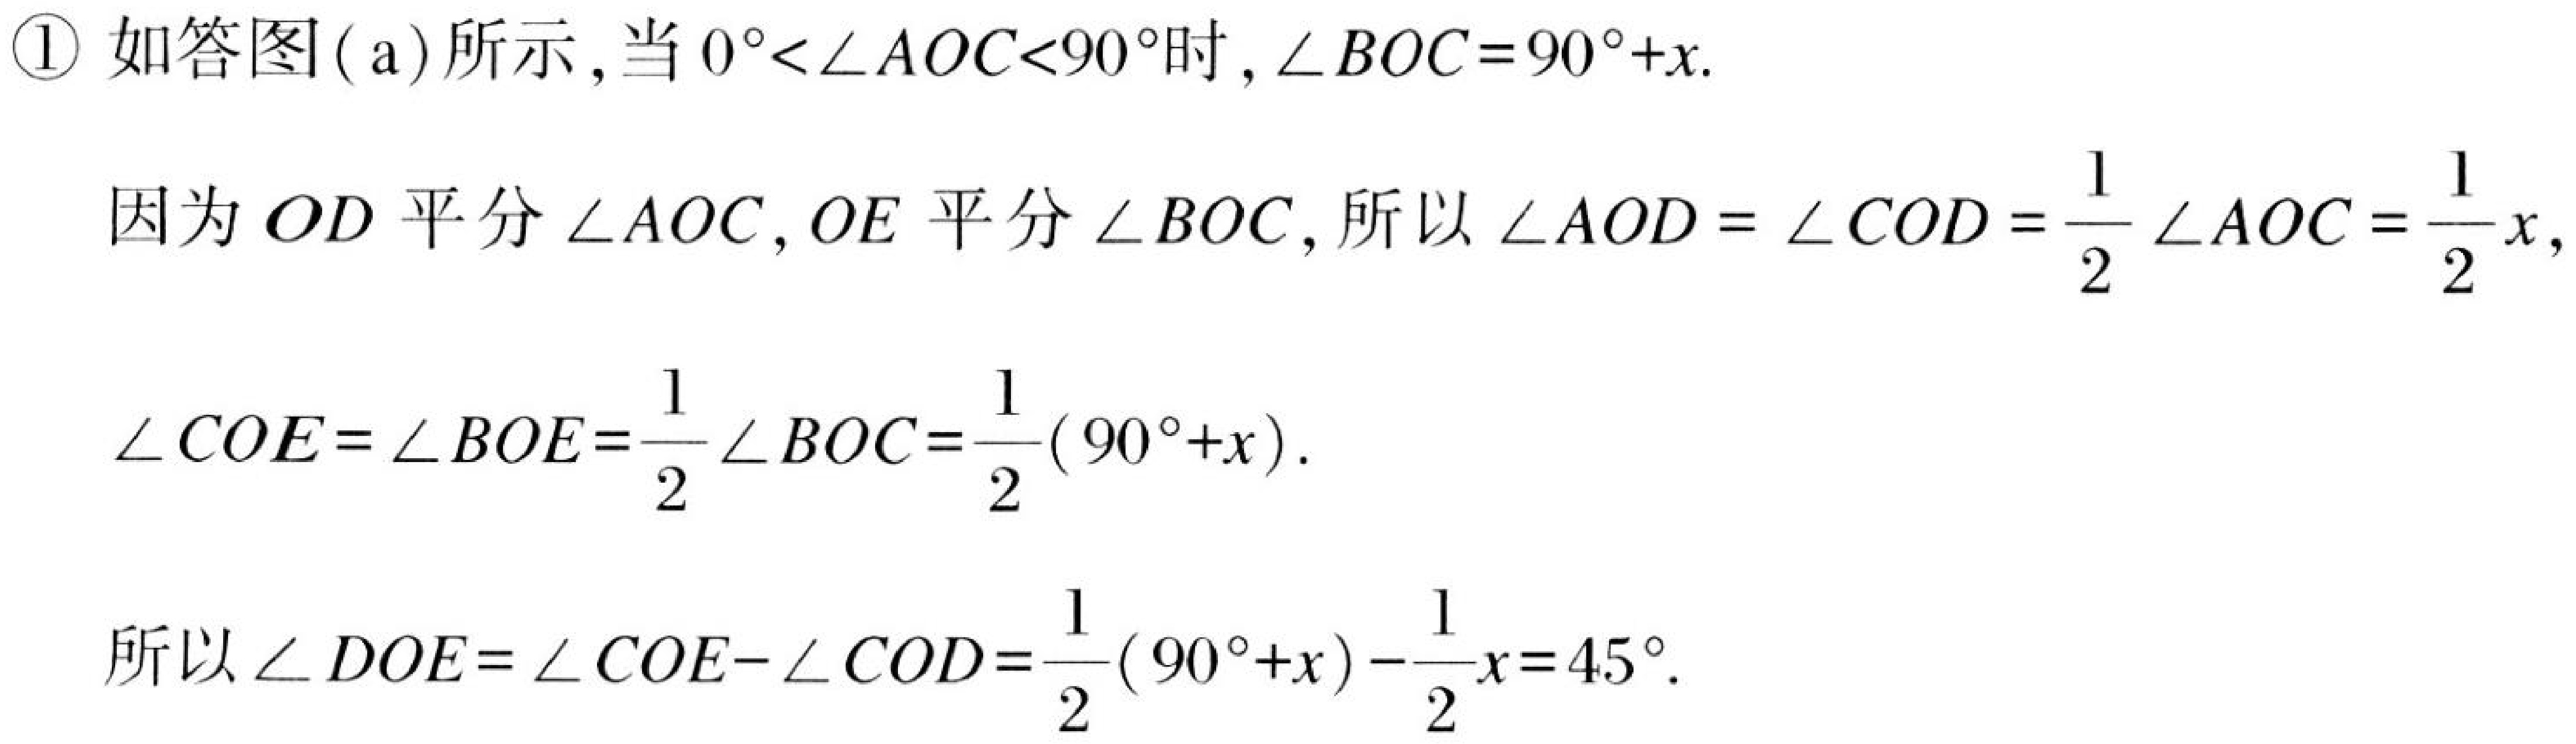
\textcircled{1} 如答图( a)所示, 当 \(0^{\circ}<\angle AOC<90^{\circ}\)时, \(\angle BOC = 90^{\circ}+x\).
因为 \(OD\) 平分 \(\angle AOC\), \(OE\) 平分 \(\angle BOC\), 所以 \(\angle AOD=\angle COD=\frac{1}{2}\angle AOC=\frac{1}{2}x\),
\(\angle COE=\angle BOE=\frac{1}{2}\angle BOC=\frac{1}{2}(90^{\circ}+x)\).
所以 \(\angle DOE=\angle COE - \angle COD=\frac{1}{2}(90^{\circ}+x)-\frac{1}{2}x = 45^{\circ}\).